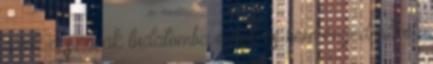
azok a szavak tudatomba égtek és nem engednek el.